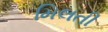
મિલતી